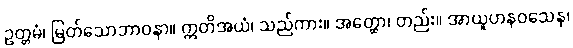
ဥတ္တမံ၊ မြတ်သောဘာဝနာ။ ဣတိအယံ၊ သည်ကား။ အတ္ထော၊ တည်း။ အာယူဟနဝသေန၊